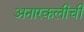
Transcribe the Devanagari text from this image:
अनारकलीची